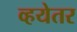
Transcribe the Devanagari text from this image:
व्हयेतर